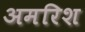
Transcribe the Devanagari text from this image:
अमरिश